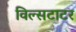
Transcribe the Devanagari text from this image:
विल्सटाटर